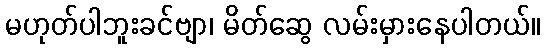
မဟုတ်ပါဘူးခင်ဗျာ၊ မိတ်ဆွေ လမ်းမှားနေပါတယ်။